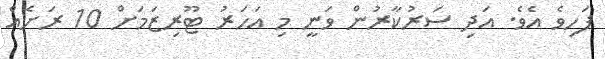
ފަހިވެ އެވެ. އަދި ސަރުކާރުން ވަނީ މި އަހަރު ޓޫރިޒަމަށް 10 ރަށެއް